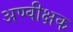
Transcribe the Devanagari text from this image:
अण्वीक्षक